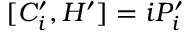
[ C _ { i } ^ { \prime } , H ^ { \prime } ] = i P _ { i } ^ { \prime } \,